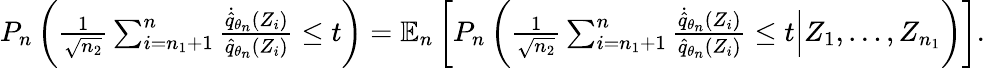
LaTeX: \begin{array}{r}{P_{n}\left(\frac{1}{\sqrt{n_{2}}}\sum_{i=n_{1}+1}^{n}\frac{\dot{\hat{q}}_{\theta_{n}}(Z_{i})}{\hat{q}_{\theta_{n}}(Z_{i})}\le t\right)={\mathbb E}_{n}\left[P_{n}\left(\frac{1}{\sqrt{n_{2}}}\sum_{i=n_{1}+1}^{n}\frac{\dot{\hat{q}}_{\theta_{n}}(Z_{i})}{\hat{q}_{\theta_{n}}(Z_{i})}\le t\Big|Z_{1},\dots,Z_{n_{1}}\right)\right].}\end{array}